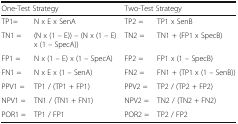
<table><thead><tr><td colspan="2"><b>One-Test Strategy</b></td><td colspan="2"><b>Two-Test Strategy</b></td></tr></thead><tbody><tr><td>TP1=</td><td>N x E x SenA</td><td>TP2 =</td><td>TP1 x SenB</td></tr><tr><td>TN1 =</td><td>(N x (1 – E)) – (N x (1 – E) x (1 – SpecA))</td><td>TN2 =</td><td>TN1 + (FP1 x SpecB)</td></tr><tr><td>FP1 =</td><td>N x (1 – E) x (1 – SpecA)</td><td>FP2 =</td><td>FP1 x (1 – SpecB)</td></tr><tr><td>FN1 =</td><td>N x E x (1 – SenA)</td><td>FN2 =</td><td>FN1 + (TP1 x (1 – SenB))</td></tr><tr><td>PPV1 =</td><td>TP1 / (TP1 + FP1)</td><td>PPV2 =</td><td>TP2 / (TP2 + FP2)</td></tr><tr><td>NPV1 =</td><td>TN1 / (TN1 + FN1)</td><td>NPV2 =</td><td>TN2 / (TN2 + FN2)</td></tr><tr><td>POR1 =</td><td>TP1 / FP1</td><td>POR2 =</td><td>TP2 / FP2</td></tr></tbody></table>